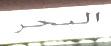
السحر